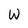
Character: W